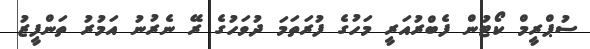
ސުޕްރީމް ކޯޓުން ފެބްރުއަރީ މަހުގެ ފުރަތަމަ ދުވަހުގެ ރޭ ނެރުނު އަމުރު ތަންފީޒު